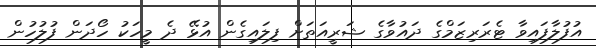
އުފުލާފައިވާ ޓެރަރިޒަމްގެ ދައުވާގެ ޝަރީއަތަށް ފިލައިގެން އުޅޭ ދެ މީހަކު ހޯދަން ފުލުހުން